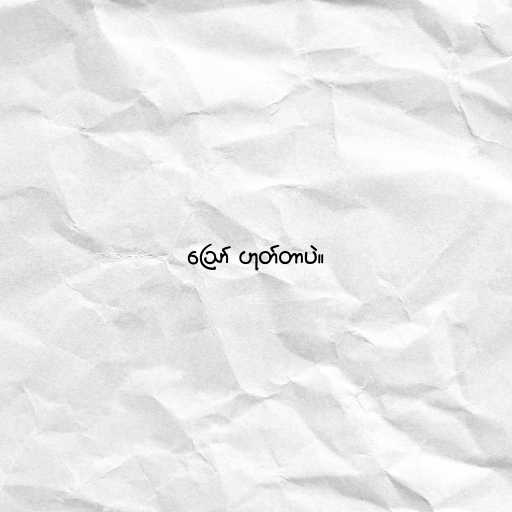
ဪ ဟုတ်တာပဲ။